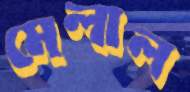
মেলাল